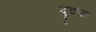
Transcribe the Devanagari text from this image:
दुकटा